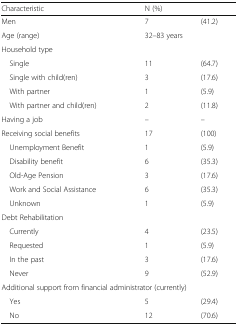
| Characteristic | <COLSPAN=2> N (%) |
 | --- | --- | --- |
 | Men | 7 | (41.2) |
 | Age (range) | <COLSPAN=2> 32–83 years |
 | <COLSPAN=3> Household type |
 | Single | 11 | (64.7) |
 | Single with child(ren) | 3 | (17.6) |
 | With partner | 1 | (5.9) |
 | With partner and child(ren) | 2 | (11.8) |
 | Having a job | – | – |
 | Receiving social benefits | 17 | (100) |
 | Unemployment Benefit | 1 | (5.9) |
 | Disability benefit | 6 | (35.3) |
 | Old-Age Pension | 3 | (17.6) |
 | Work and Social Assistance | 6 | (35.3) |
 | Unknown | 1 | (5.9) |
 | <COLSPAN=3> Debt Rehabilitation |
 | Currently | 4 | (23.5) |
 | Requested | 1 | (5.9) |
 | In the past | 3 | (17.6) |
 | Never | 9 | (52.9) |
 | <COLSPAN=3> Additional support from financial administrator (currently) |
 | Yes | 5 | (29.4) |
 | No | 12 | (70.6) |